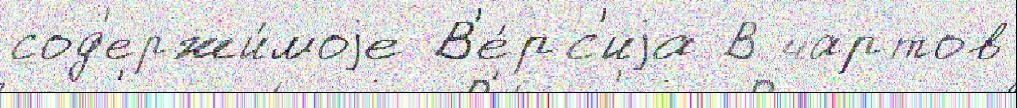
сод'ержи́моjе В'е́рс'иjа В чартов